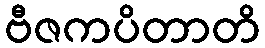
ဗီဇကပိတာတိ